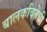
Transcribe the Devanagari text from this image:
बालकवितेची